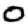
Digit: 0